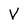
Character: V